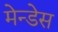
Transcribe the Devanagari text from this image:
मेन्डेस